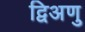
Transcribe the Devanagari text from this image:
द्विअणु